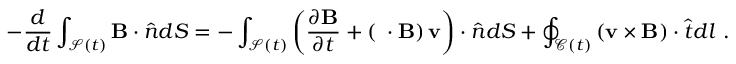
- \frac { d } { d t } \int _ { \mathcal { S } ( t ) } \mathbf { B } \cdot \hat { \boldsymbol { n } } d S = - \int _ { \mathcal { S } ( t ) } \left( \frac { \partial \mathbf { B } } { \partial t } + \left( \mathbf { \nabla } \cdot \mathbf { B } \right) \mathbf { v } \right) \cdot \hat { \boldsymbol { n } } d S + \oint _ { \mathcal { C } ( t ) } \left( \mathbf { v } \times \mathbf { B } \right) \cdot \hat { \boldsymbol { t } } d l ~ .